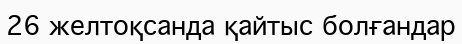
26 желтоқсанда қайтыс болғандар